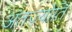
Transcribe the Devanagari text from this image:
अंतज्र्योति